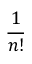
\frac { 1 } { n ! }